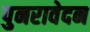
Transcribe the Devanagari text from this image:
पुनरावेदन